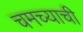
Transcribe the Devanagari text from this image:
चमच्याची